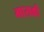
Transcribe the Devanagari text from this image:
मासकी